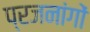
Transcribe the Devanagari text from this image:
प्रजनांगों